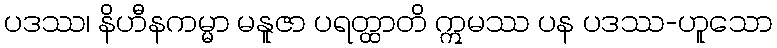
ပဒဿ၊ နိဟီနကမ္မာ မနူဇာ ပရတ္ထာတိ ဣမဿ ပန ပဒဿ-ဟူသော